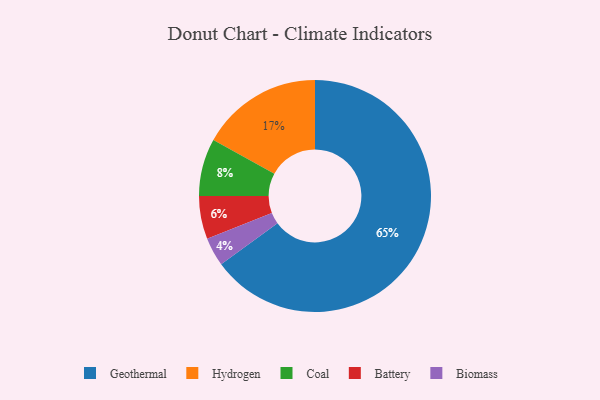
{"axis": {"x": "Category", "y": "Percentage"}, "legend": ["Battery", "Biomass", "Coal", "Geothermal", "Hydrogen"], "data": [{"x": "Hydrogen", "y": 17, "type": "Hydrogen"}, {"x": "Geothermal", "y": 65, "type": "Geothermal"}, {"x": "Biomass", "y": 4, "type": "Biomass"}, {"x": "Coal", "y": 8, "type": "Coal"}, {"x": "Battery", "y": 6, "type": "Battery"}]}